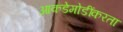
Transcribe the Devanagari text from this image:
आकडेमोडींकरता